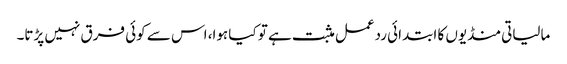
مالیاتی منڈیوں کا ابتدائی ردعمل مثبت ہے تو کیا ہوا، اس سے کوئی فرق نہیں پڑتا۔